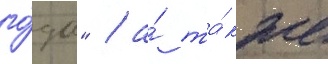
го́да" / а́ та́кже